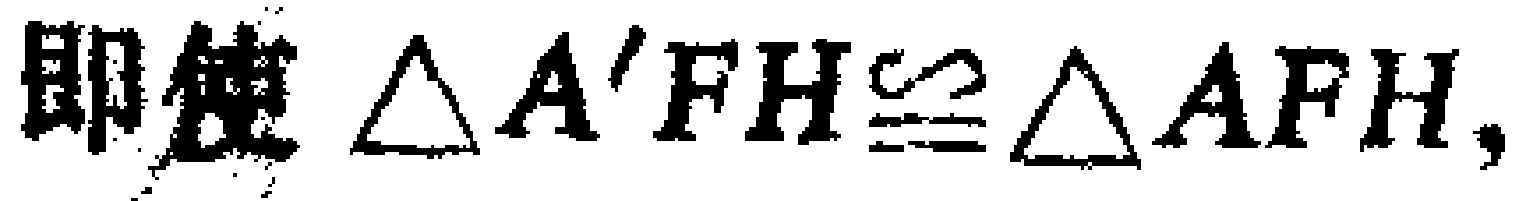
即使 $\triangle A'FH\cong\triangle AFH,$